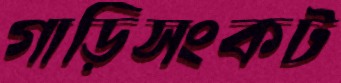
গাড়িসংকট